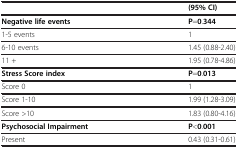
<table><thead><tr><td><b> </b></td><td><b>(95% CI)</b></td></tr></thead><tbody><tr><td><b>Negative life events</b></td><td><b>P</b>=<b>0</b>.<b>344</b></td></tr><tr><td>1-5 events</td><td>1</td></tr><tr><td>6-10 events</td><td>1.45 (0.88-2.40)</td></tr><tr><td>11 +</td><td>1.95 (0.78-4.86)</td></tr><tr><td><b>Stress Score index</b></td><td><b>P</b>=<b>0</b>.<b>013</b></td></tr><tr><td>Score 0</td><td>1</td></tr><tr><td>Score 1-10</td><td>1.99 (1.28-3.09)</td></tr><tr><td>Score &gt;10</td><td>1.83 (0.80-4.16)</td></tr><tr><td><b>Psychosocial Impairment</b></td><td><b>P</b>&lt;<b>0</b>.<b>001</b></td></tr><tr><td>Present</td><td>0.43 (0.31-0.61)</td></tr></tbody></table>